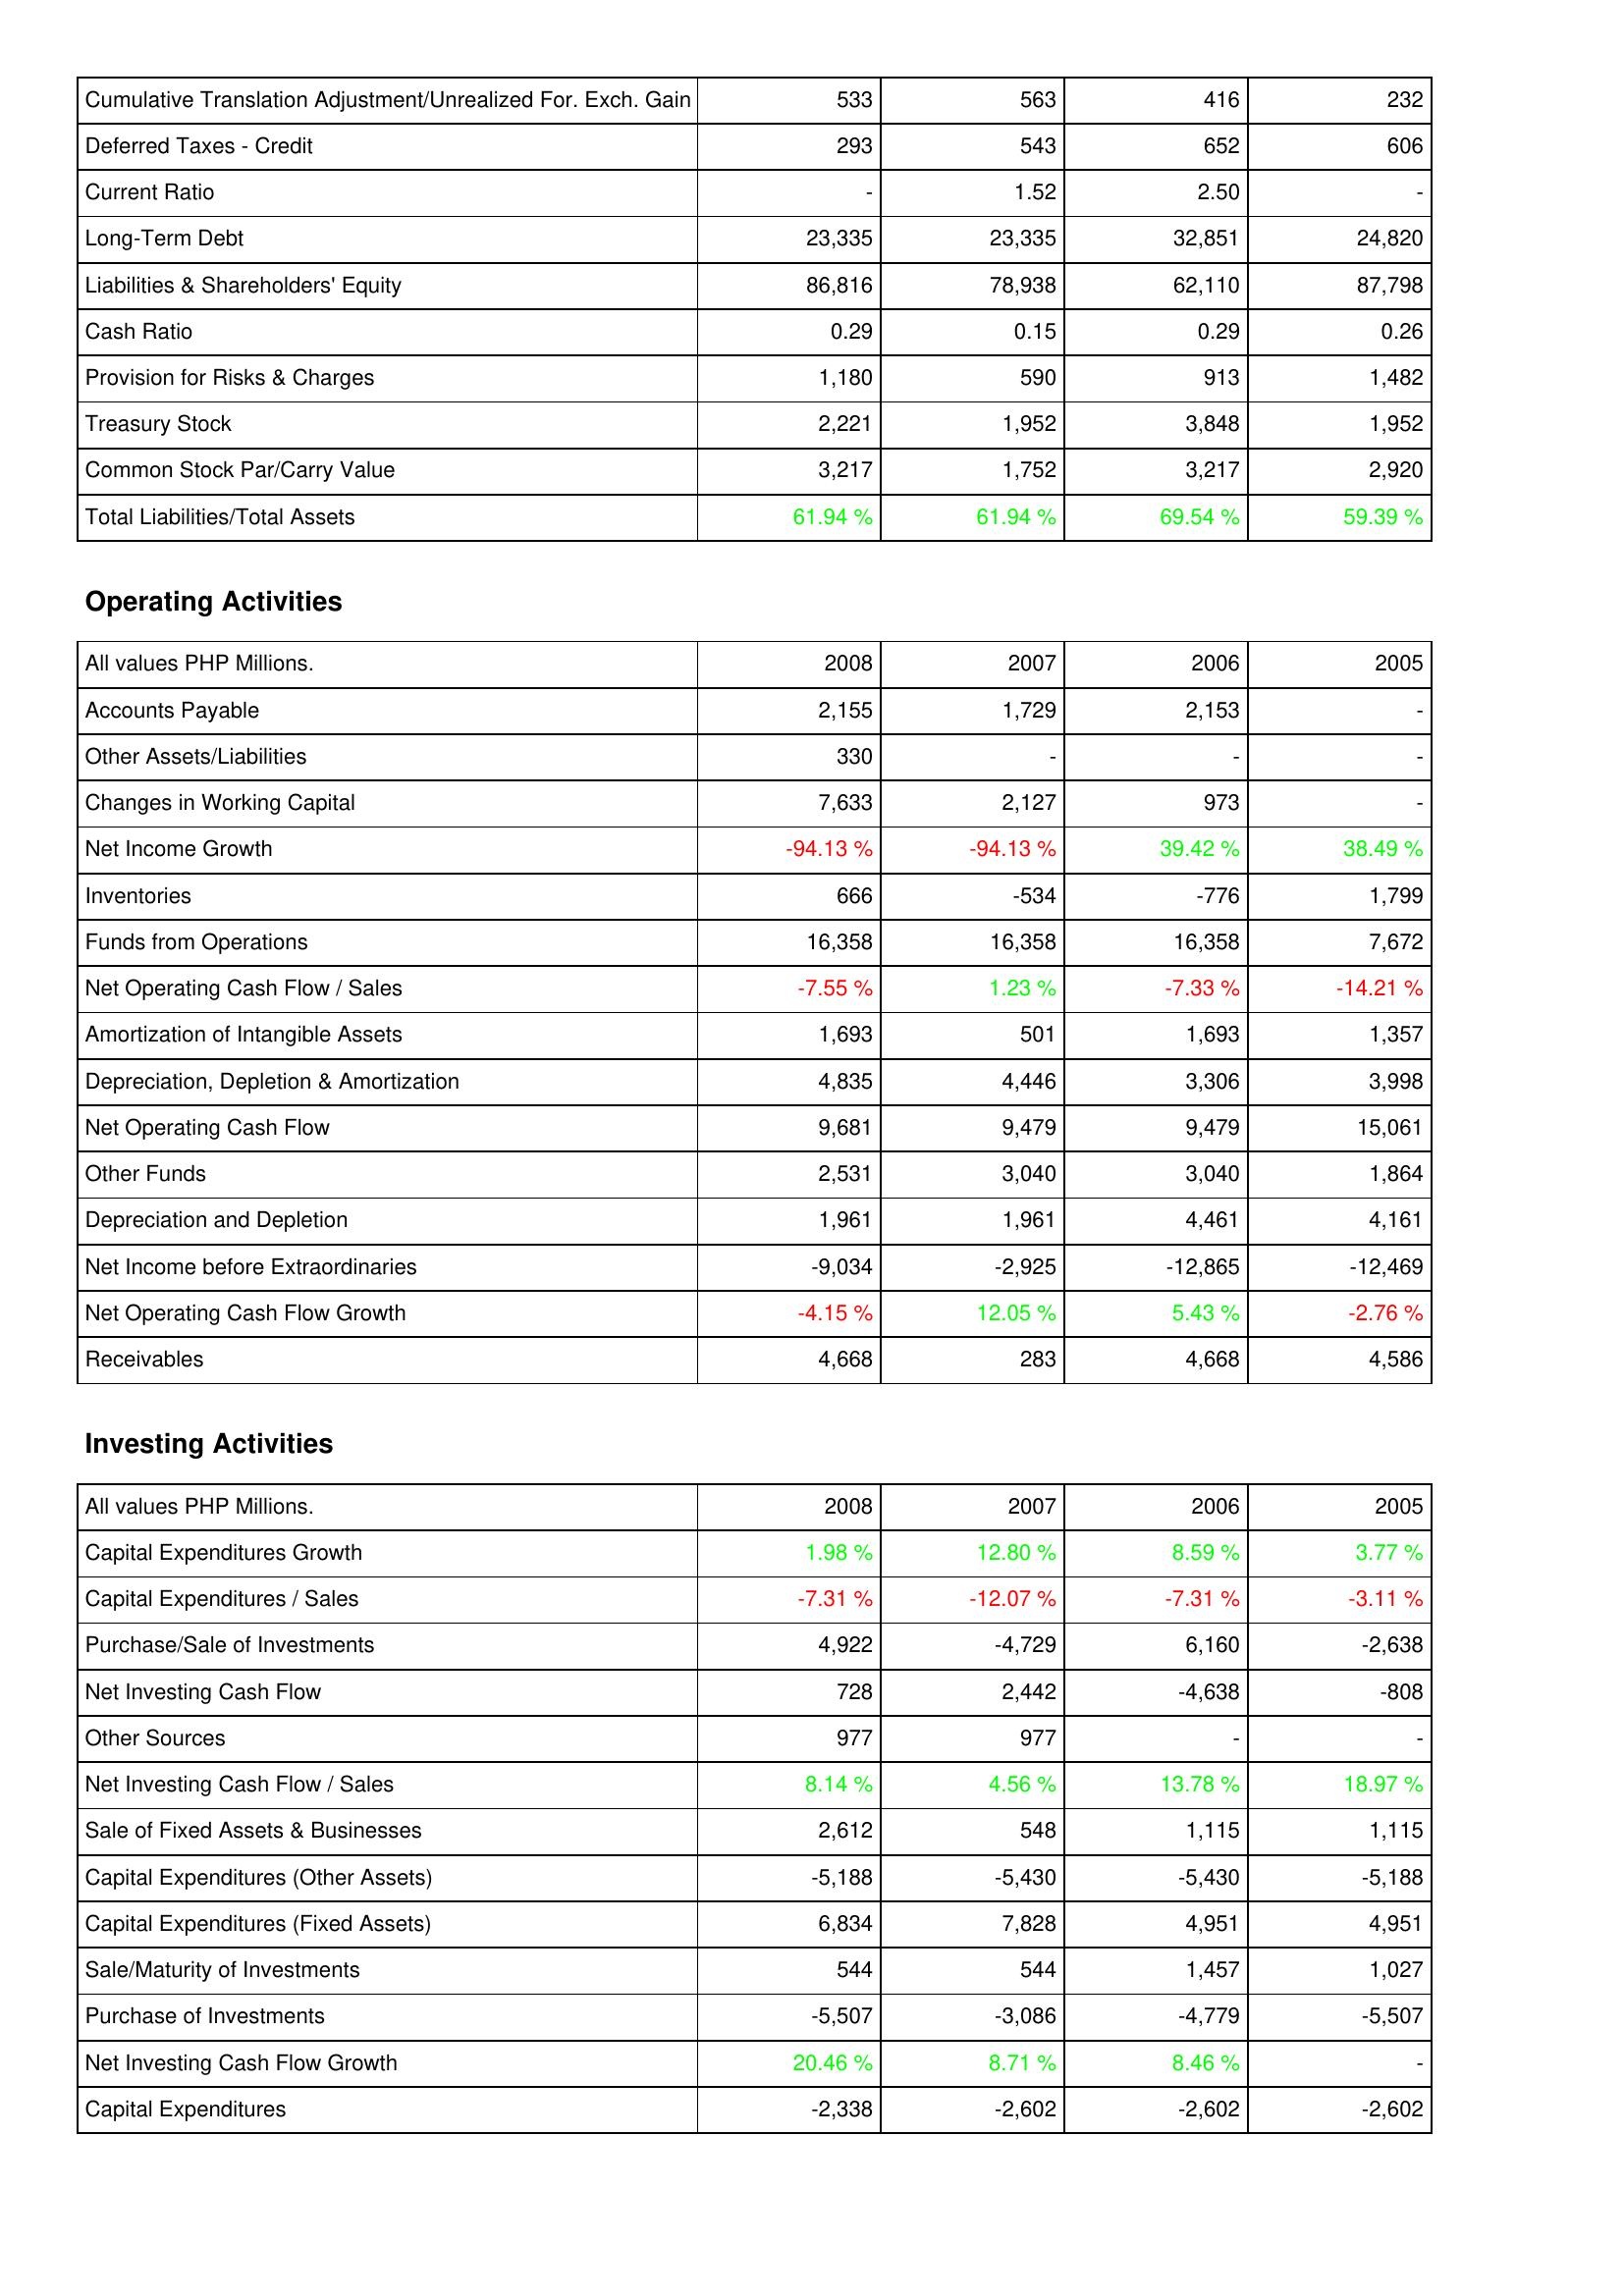
2008: Liabilities & Shareholders' Equity: Cumulative Translation Adjustment/Unrealized For. Exch. Gain: 533
Deferred Taxes - Credit: 293
Current Ratio: -
Long-Term Debt: 23,335
Liabilities & Shareholders' Equity: 86,816
Cash Ratio: 0.29
Provision for Risks & Charges: 1,180
Treasury Stock: 2,221
Common Stock Par/Carry Value: 3,217
Total Liabilities/Total Assets: 61.94 %
Operating Activities: Accounts Payable: 2,155
Other Assets/Liabilities: 330
Changes in Working Capital: 7,633
Net Income Growth: -94.13 %
Inventories: 666
Funds from Operations: 16,358
Net Operating Cash Flow / Sales: -7.55 %
Amortization of Intangible Assets: 1,693
Depreciation, Depletion & Amortization: 4,835
Net Operating Cash Flow: 9,681
Other Funds: 2,531
Depreciation and Depletion: 1,961
Net Income before Extraordinaries: -9,034
Net Operating Cash Flow Growth: -4.15 %
Receivables: 4,668
Investing Activities: Capital Expenditures Growth: 1.98 %
Capital Expenditures / Sales: -7.31 %
Purchase/Sale of Investments: 4,922
Net Investing Cash Flow: 728
Other Sources: 977
Net Investing Cash Flow / Sales: 8.14 %
Sale of Fixed Assets & Businesses: 2,612
Capital Expenditures (Other Assets): -5,188
Capital Expenditures (Fixed Assets): 6,834
Sale/Maturity of Investments: 544
Purchase of Investments: -5,507
Net Investing Cash Flow Growth: 20.46 %
Capital Expenditures: -2,338
2007: Liabilities & Shareholders' Equity: Cumulative Translation Adjustment/Unrealized For. Exch. Gain: 563
Deferred Taxes - Credit: 543
Current Ratio: 1.52
Long-Term Debt: 23,335
Liabilities & Shareholders' Equity: 78,938
Cash Ratio: 0.15
Provision for Risks & Charges: 590
Treasury Stock: 1,952
Common Stock Par/Carry Value: 1,752
Total Liabilities/Total Assets: 61.94 %
Operating Activities: Accounts Payable: 1,729
Other Assets/Liabilities: -
Changes in Working Capital: 2,127
Net Income Growth: -94.13 %
Inventories: -534
Funds from Operations: 16,358
Net Operating Cash Flow / Sales: 1.23 %
Amortization of Intangible Assets: 501
Depreciation, Depletion & Amortization: 4,446
Net Operating Cash Flow: 9,479
Other Funds: 3,040
Depreciation and Depletion: 1,961
Net Income before Extraordinaries: -2,925
Net Operating Cash Flow Growth: 12.05 %
Receivables: 283
Investing Activities: Capital Expenditures Growth: 12.80 %
Capital Expenditures / Sales: -12.07 %
Purchase/Sale of Investments: -4,729
Net Investing Cash Flow: 2,442
Other Sources: 977
Net Investing Cash Flow / Sales: 4.56 %
Sale of Fixed Assets & Businesses: 548
Capital Expenditures (Other Assets): -5,430
Capital Expenditures (Fixed Assets): 7,828
Sale/Maturity of Investments: 544
Purchase of Investments: -3,086
Net Investing Cash Flow Growth: 8.71 %
Capital Expenditures: -2,602
2006: Liabilities & Shareholders' Equity: Cumulative Translation Adjustment/Unrealized For. Exch. Gain: 416
Deferred Taxes - Credit: 652
Current Ratio: 2.50
Long-Term Debt: 32,851
Liabilities & Shareholders' Equity: 62,110
Cash Ratio: 0.29
Provision for Risks & Charges: 913
Treasury Stock: 3,848
Common Stock Par/Carry Value: 3,217
Total Liabilities/Total Assets: 69.54 %
Operating Activities: Accounts Payable: 2,153
Other Assets/Liabilities: -
Changes in Working Capital: 973
Net Income Growth: 39.42 %
Inventories: -776
Funds from Operations: 16,358
Net Operating Cash Flow / Sales: -7.33 %
Amortization of Intangible Assets: 1,693
Depreciation, Depletion & Amortization: 3,306
Net Operating Cash Flow: 9,479
Other Funds: 3,040
Depreciation and Depletion: 4,461
Net Income before Extraordinaries: -12,865
Net Operating Cash Flow Growth: 5.43 %
Receivables: 4,668
Investing Activities: Capital Expenditures Growth: 8.59 %
Capital Expenditures / Sales: -7.31 %
Purchase/Sale of Investments: 6,160
Net Investing Cash Flow: -4,638
Other Sources: -
Net Investing Cash Flow / Sales: 13.78 %
Sale of Fixed Assets & Businesses: 1,115
Capital Expenditures (Other Assets): -5,430
Capital Expenditures (Fixed Assets): 4,951
Sale/Maturity of Investments: 1,457
Purchase of Investments: -4,779
Net Investing Cash Flow Growth: 8.46 %
Capital Expenditures: -2,602
2005: Liabilities & Shareholders' Equity: Cumulative Translation Adjustment/Unrealized For. Exch. Gain: 232
Deferred Taxes - Credit: 606
Current Ratio: -
Long-Term Debt: 24,820
Liabilities & Shareholders' Equity: 87,798
Cash Ratio: 0.26
Provision for Risks & Charges: 1,482
Treasury Stock: 1,952
Common Stock Par/Carry Value: 2,920
Total Liabilities/Total Assets: 59.39 %
Operating Activities: Accounts Payable: -
Other Assets/Liabilities: -
Changes in Working Capital: -
Net Income Growth: 38.49 %
Inventories: 1,799
Funds from Operations: 7,672
Net Operating Cash Flow / Sales: -14.21 %
Amortization of Intangible Assets: 1,357
Depreciation, Depletion & Amortization: 3,998
Net Operating Cash Flow: 15,061
Other Funds: 1,864
Depreciation and Depletion: 4,161
Net Income before Extraordinaries: -12,469
Net Operating Cash Flow Growth: -2.76 %
Receivables: 4,586
Investing Activities: Capital Expenditures Growth: 3.77 %
Capital Expenditures / Sales: -3.11 %
Purchase/Sale of Investments: -2,638
Net Investing Cash Flow: -808
Other Sources: -
Net Investing Cash Flow / Sales: 18.97 %
Sale of Fixed Assets & Businesses: 1,115
Capital Expenditures (Other Assets): -5,188
Capital Expenditures (Fixed Assets): 4,951
Sale/Maturity of Investments: 1,027
Purchase of Investments: -5,507
Net Investing Cash Flow Growth: -
Capital Expenditures: -2,602